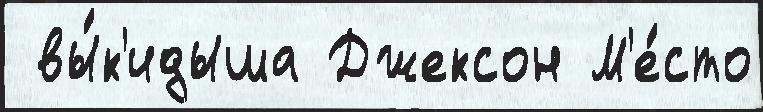
 вы́к'идыша Джексон М'е́сто